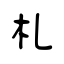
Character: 札